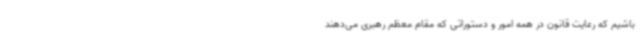
باشیم که رعایت قانون در همه امور و دستوراتی که مقام معظم رهبری می‌دهند